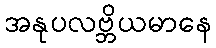
အနုပလဗ္ဘိယမာနေ